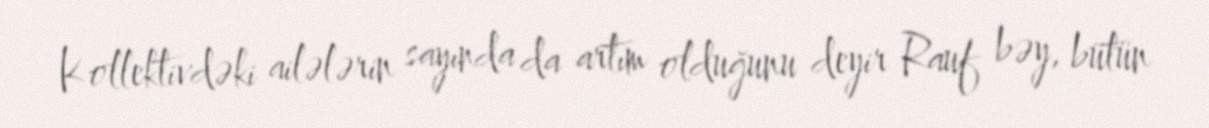
Kollektivdəki ailələrin sayında da artım olduğunu deyir Rauf bəy, bütün